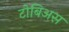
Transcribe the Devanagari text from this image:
टोबिअस